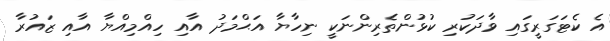
އެ ކެޓަގަރީގައި ވާދަކުރި ކުޅުންތެެރިންނަކީ ނިހާޔާ އަޙްމަދު އާއި ހިއްމިއްޔާ އާއި ޒައުރާ